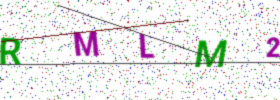
Text: RMLM2